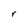
Character: r